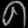
Digit: ၈